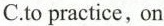
C.to practice, on